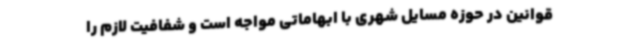
قوانین در حوزه مسایل شهری با ابهاماتی مواجه است و شفافیت لازم را